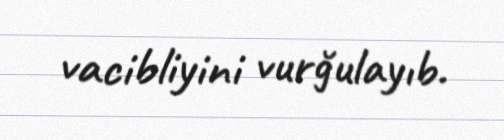
vacibliyini vurğulayıb.